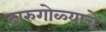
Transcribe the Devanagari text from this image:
दारुगोळ्याचे